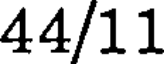
44/11